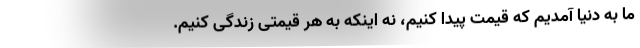
ما به دنیا آمدیم که قیمت پیدا کنیم، نه اینکه به هر قیمتی زندگی کنیم.